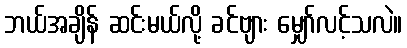
ဘယ်အချိန် ဆင်းမယ်လို့ ခင်ဗျား မျှော်လင့်သလဲ။